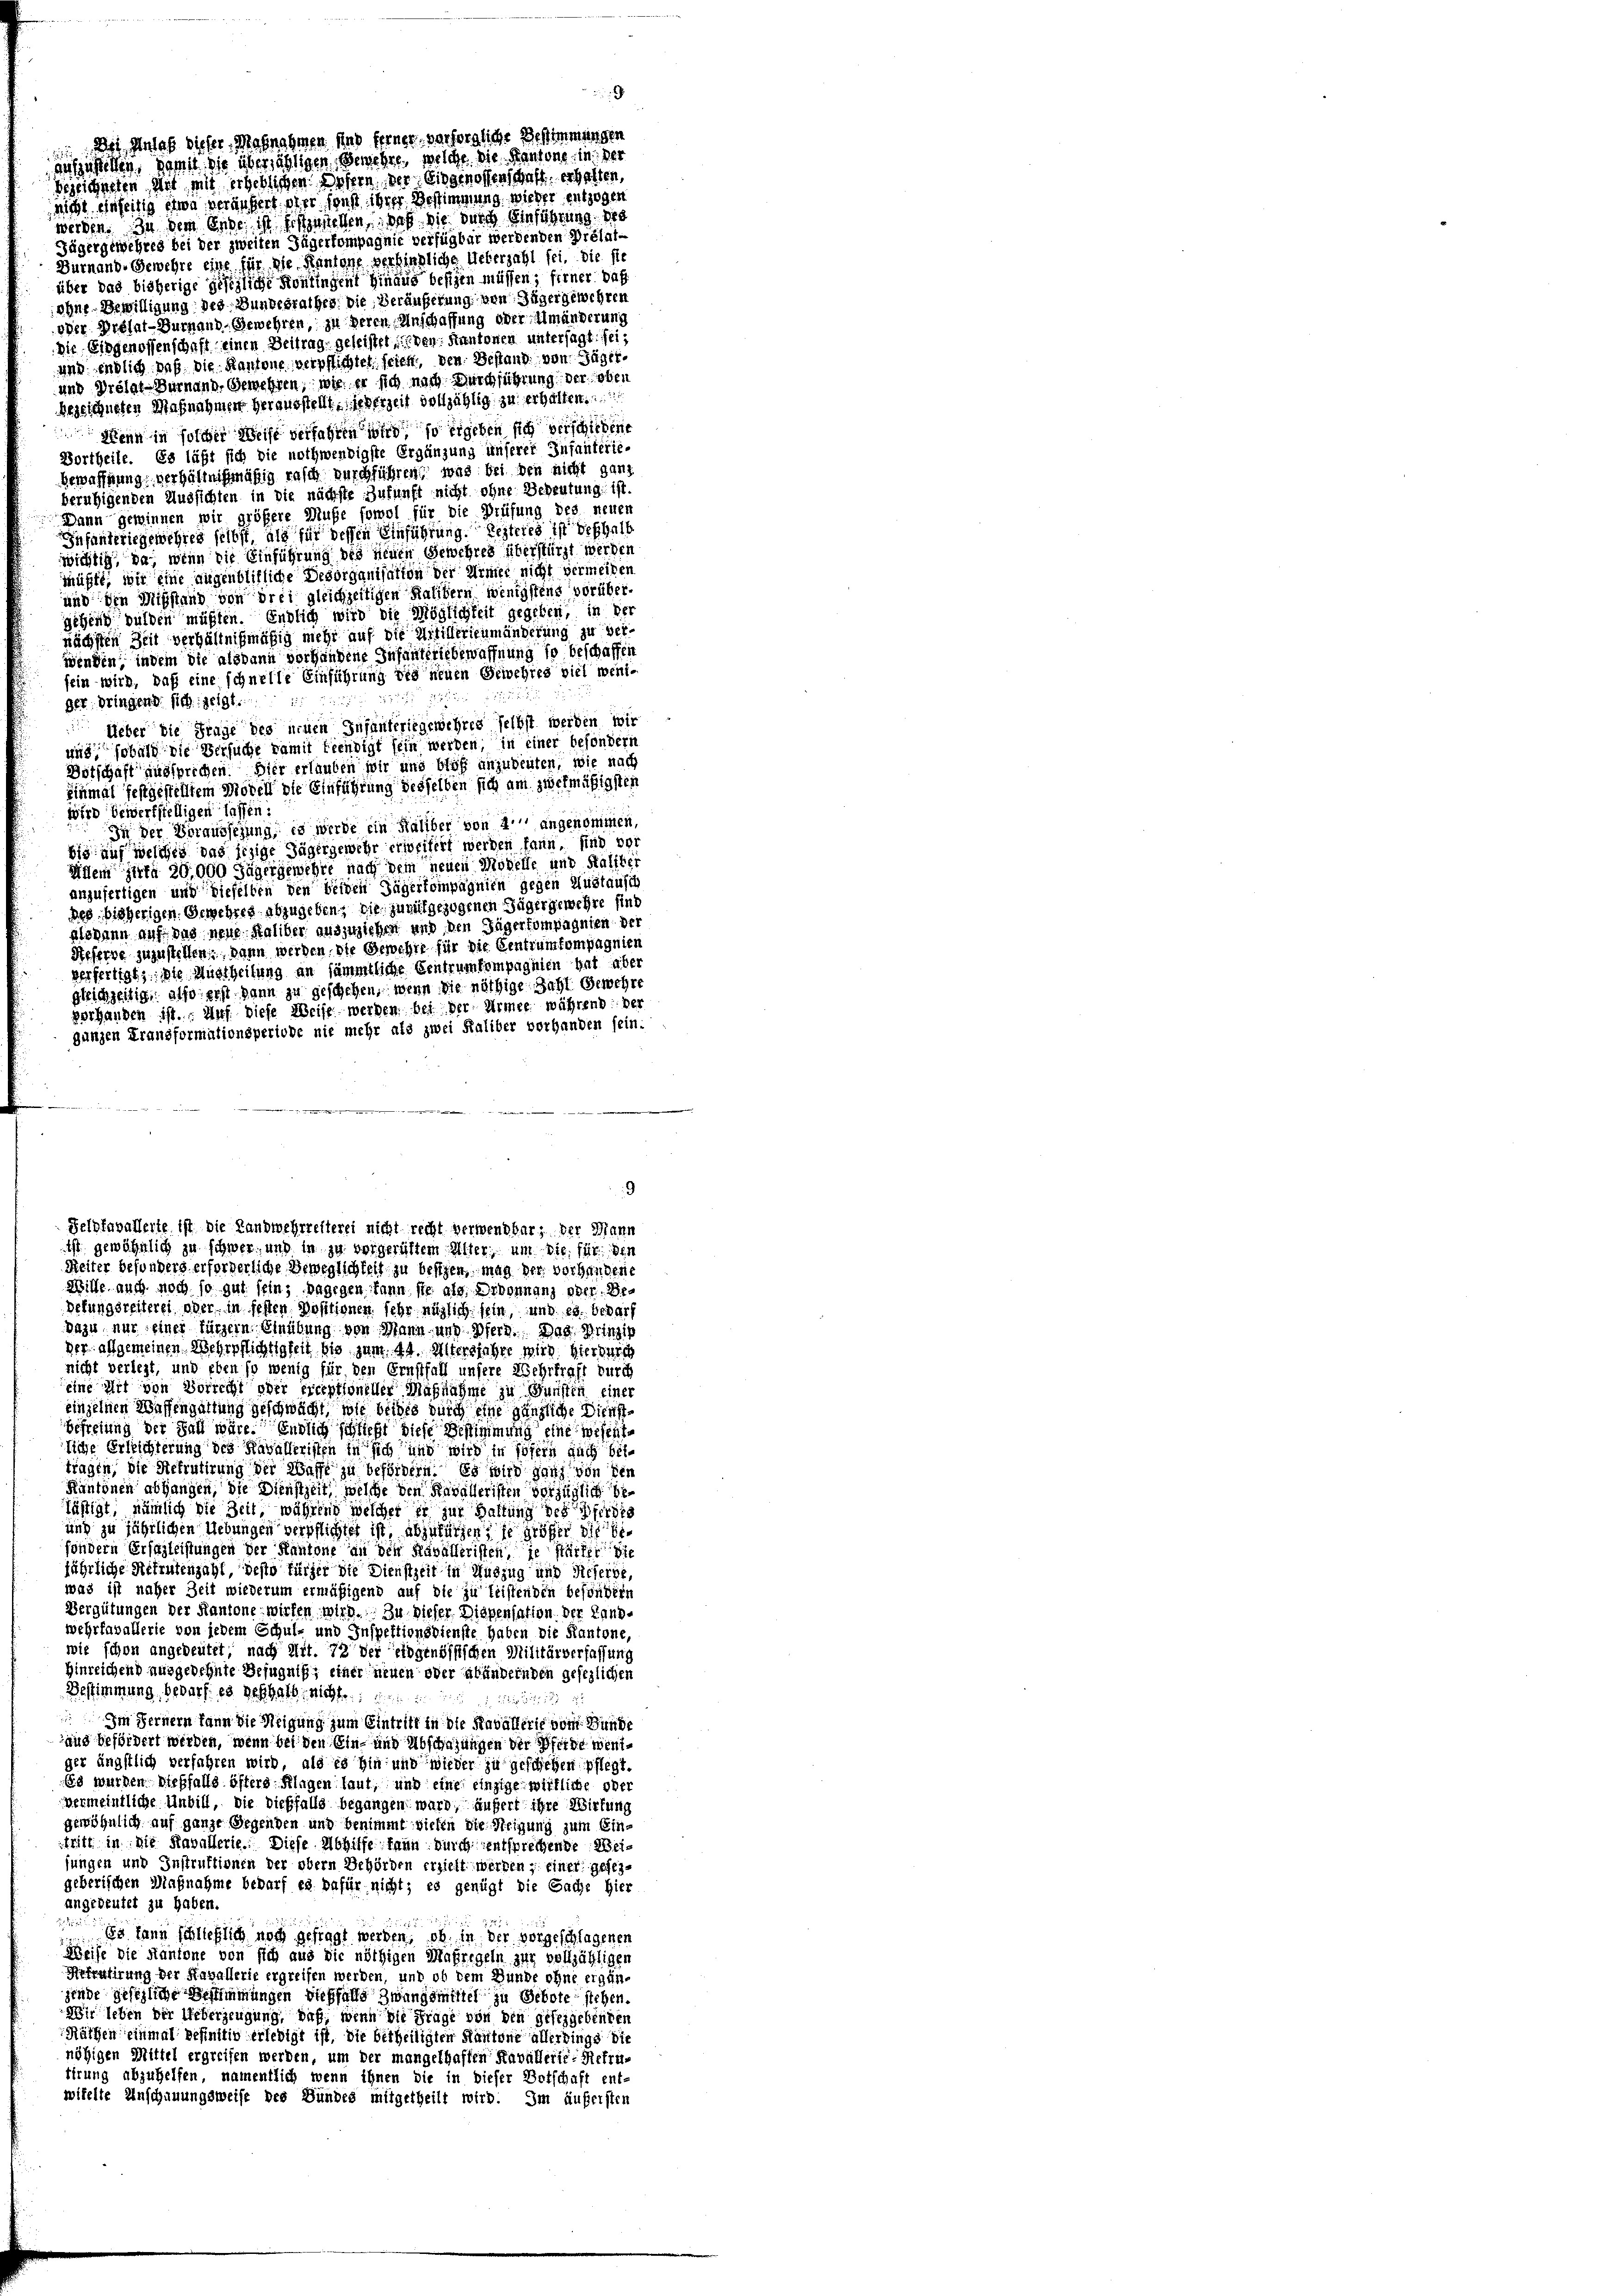
Des, Anlaß dieser, Mosnahmen

E

aufzustellen, damit die überzähligen Gewehre, welche die Kantone in der
bezeichneten Art mit erheblichen Opfern der Eidgenossenschaft erhalten,
nicht einseitig etwa veräußert oder sonst ihrer Bestimmung wieder entzogen
werden. In dem Ende ist festgestellen, daß die durch Einführung de
Jägergewehres bei der zweiten Tügerkompagnie verfügbar werdenden Prélat¬
Durnand. Gewehre eine für die Kantone verbindliche Ueberzahl sei. die sie
über das bisherige gesezliche Kontingen hinaus befigen müssen; ferner das
ohne Bewilligung des Bundesrathes. Die Veräußerung von Jäger gewehren
oder Grelat-Durnaud, Gewehren, zu deren Anschaffung oder Umänderung
Die Eidgenossenschaft einen Beitrage geleistet, den Kantonen untersagt: sei:
und endlich daß die Kantone verpflichtet, seich, den Bestand von Jäger-
und Prelat-Durnaud, Gewehren, wie er sich nach Durchführung der oben
hezeichneten Maßnahmen herausstellt, jederzeit vollzählig zu erhalten.
 Wenn in solcher Weise verfahren wird, so ergeben sich verschiedene
Vortheile. Es läßt sich die nothwendigste Ergänzung unserer Infanterie-
Bewaffnung verhältnißmäßig rasch nurchführen, was bei den nicht ganz
beruhigenden Aussichten in die nächste Zukunft nicht ohne Bedeutung ist.
Dann gewinnen wir größere Muße sowol für die Prüfung des neuen
Infanteriegewehres selbst, als für dessen Einführung. Lezteres ist deshalb
wichtig, da, wenn die Einführung des neuen Gewehres überstürzt werden
müßte, wir eine augenblifliche Desorganisation der Urner nicht vermeiden
und den Missstand von drei gleichzeitigen Kalitern wenigstens vorübergehend bulden müßten. Endlich wird die Möglichkeit gegeben, in der
nächsten Zeit verhältnißmäßig mehr auf die Artillerienmänderung zu ver-
wenden, indem die alsdann vorhandene Infanteriebewaffnung so beschaffen
sein wird, daß eine schnelle Einführung die neuen Gewehres viel weni-
ger dringend sich zeigt.
Ueber die Frage des neuen Infanteriegewehres selbst werden wir
und, sobald die Versuche damit feendigt sein werden, in einer besondern
Dotschaft aussprechen. Dier erlauben wir und bloß anzubeuten, wie nach
einmal festgestelltem Morell die Einführung desselben sich am zwekmäßigsten
wird bewerkstelligen lassen:
In der Voraussezung, es werde ein Haliber von 4 angenommen,
bis auf welches das jezige Jägergewehr erweitert werden kann, sind vor
Willem zite 20,000 Jäger gewehre nach dem neuen Modelle und Hälfter
anzufertigen und dieselben den beiden Jägerkompagnien gegen Mustausch
des bisherigen Gewehres abzugeben; die zumitgezogenen Jäger gewehre sind
slohann auf das neue Saliber auszuziehen und den Jägerkompagnien der
Heserve zuzustellen, dann werden, die Gewehre für die Centrumfompagnien
verfertigt; die Austheilung an sämmtliche Centrumkompagnien hat über
gleichzeitige also erst dann zu geschehen, wenn die nöthige Zahl Gewehre
verhanden ist. Auf Diese Weise werden bei der Armee während der
gungen Transformationsperiode nie mehr als zwei Kaliber vorhanden sein:
9

Feldfavallerte ist die Landwehrrelterei nicht recht verwendbar; der Mann
ist gewöhnlich zu schwer, und in zu vorgerüttem Alter, um die sie den

Reiter besonders erforderliche Beweglichkeit zu besizen, mag der vorhandene
Wille auch noch so gut sein; dagegen kann sie als Arbonnanz oder Dr.
Defungsreiterei oder in festen Positionen sehr möglich sein, und es bedarf
dazu, nur einer fürzern. Einübung von Mann, und Pferd. Das Prinzip
der allgemeinen Wehrpflichtigkeit bis zum 44. Altersjahre wird, hierdurch
nicht verlegt, und eben so wenig für den Ernstfall unsere Wehrkraft durch
eine Art von Vorrecht oder erceptioneller Maßnahme zu Gunsten einer
einzelnen Wassengattung geschwächt, wie beides durch eine gänzliche Dienst¬
Befreiung der Fall wäre. Endlich schließt diese Bestimmung eine wesentliche Erleichterung des Kavalleristen in sich und wird in sofern auch bittragen, die Rekrutirung der Waffe zu befördern. Es wird ganz von den
Kantonen abhangen, die Dienstzeit, welche den Kavalleristen vorzüglich belästigt, nämlich die Zeit, während welcher er zur Haftung des Pferdig
und zu jährlichen Uebungen verpflichtet ist, abzufürgen, sie größer die Sifondern Ersazleistungen der Kantone an den Kavalleristen, je stärker die
jährliche Sitzutenzahl, desto fürzer die Dienstzeit in Huszug und Sieherbe,
was ist naher Zeit wiederum ermäßigend auf die zu leistenden besondern
Vergütungen der Kantone wirken wird. Zu dieser Dispensation der Land-
wehrfavallerie von jedem Schul- und Inspektionsdienste haben die Kantone,
wie schon angedeutet, nach Mit. 72 der eidgenössischen Militärverfassung
Hinreichend ausgedehnte Befugniß; einer neuen oder abändernden gesezlichen
Bestimmung bedarf es geschaft nichte
1 u 12
Im Fernern kann die Neigung zum Eintritt in die Raballerie vom Bunde
ung befördert werden, wenn bei den Ein- und Abschafungen der Pferde weniger ängstlich verfahren wird, als es hin und wieder zu geschehen pflegt.
Es wurden dießfalls öfters Klagen laut, und eine einzige wirkliche oder
vermeintliche Unbill, die dießfalls begangen ward, äufert ihre Wirkung
gewöhnlich auf ganze Gegenden und benimmt diesen die Neigung zum Einstritt in Die Kavallerie. Diese Abhilfe kann durch entsprechende Weijungen und Instruktionen der obern Behörden erzielt werden, einer gesezgeberischen Magnahme bedarf es dafür nicht; es genügt die Sache hier
angedeutet zu haben.
 dann schließlich noch gefragt werden, ob in der vorgeschlagenen
Weise die Kantone von sich aus die nöthigen Maßregeln zur volljähligen
Refrulirung der Kavallerie ergreifen werden, und ob dem Bunde ohne ergen-
gende gesezliche Bestimmungen dießfalle Zwangsmittel zu Gebote stehen.
Wir leben der Ueberzeugung, daß, wenn die Frage von den gefergebenden
Räthen einmal befinitiv erledigt ist, die betheiligten Kantone allerdings die
nöhigen Mittel ergreifen werden, um der mangelhaften Kavallerte: Refru-
tirung abzuhelfen, namentlich wenn ihnen die in dieser Botschaft ent-
wifelte Anschauungsweise des Bundes mitgetheilt wird. Im äußersten